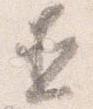
直